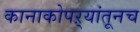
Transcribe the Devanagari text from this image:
कानाकोपऱ्यांतूनच